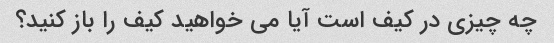
چه چیزی در کیف است آیا می خواهید کیف را باز کنید؟